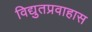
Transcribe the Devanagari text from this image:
विद्युतप्रवाहास